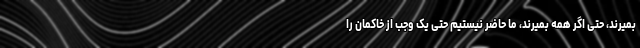
بمیرند، حتی اگر همه بمیرند، ما حاضر نیستیم حتی یک وجب از خاکمان را